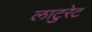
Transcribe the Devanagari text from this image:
लाटुरेट